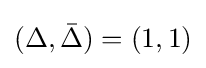
(\Delta ,{\bar {\Delta }})=(1,1)